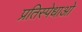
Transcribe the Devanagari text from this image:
प्रतिस्पेधाओं